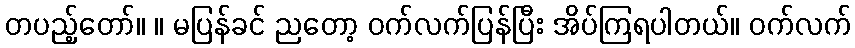
တပည့်တော်။ ။ မပြန်ခင် ညတော့ ဝက်လက်ပြန်ပြီး အိပ်ကြရပါတယ်။ ဝက်လက်